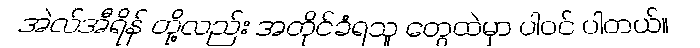
အဲလ်အီရိန် တို့လည်း အတိုင်ခံရသူ တွေထဲမှာ ပါဝင် ပါတယ်။